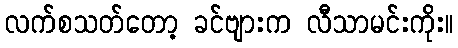
လက်စသတ်တော့ ခင်ဗျားက လီသာမင်းကိုး။